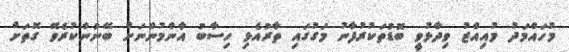
މުހައްމަދު މުއިއްޒު ވިދާޅުވީ ބޮޑުތަކުރުފާނު މަގުގައި ތާރުއެޅި ހިސާބު އާންމުންނަށް ބޭނުންކުރެވޭ ގޮތަށް